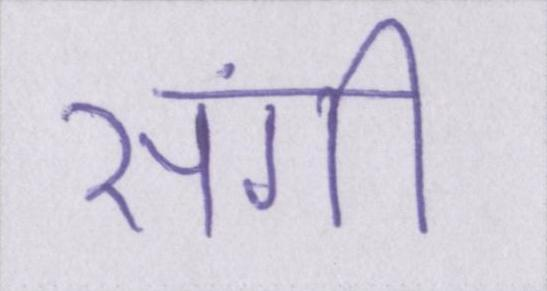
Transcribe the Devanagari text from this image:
संगी